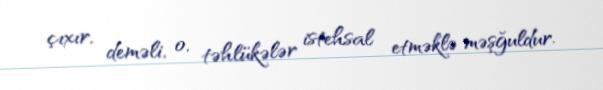
çıxır, deməli, o, təhlükələr istehsal etməklə məşğuldur.